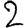
Digit: 2